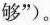
够”)。